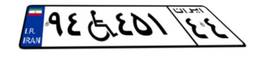
۹۴W۴۵۱۴۴